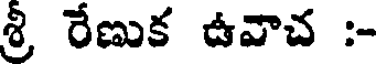
శ్రీ రేణుక ఉవాచ :-